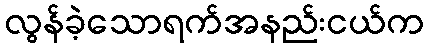
လွန်ခဲ့သောရက်အနည်းငယ်က